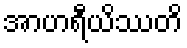
အာဟရီယိဿတိ